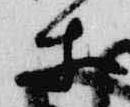
等